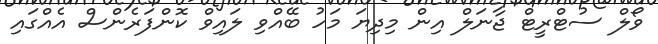
ވޯލް ސުޓްރީޓް ޖާނަލް އިން މިދިޔަ މަހު ބޭއްވި ލައިވް ކޮންފަރެންސް އެއްގައި